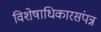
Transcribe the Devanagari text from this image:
विशेषाधिकारसंपन्न